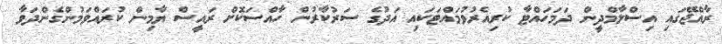
ރާއްޖޭގައި އިސްލާމްދީން ދަމަހައްޓާ ކުރިއެރުވުމައްޓަކައި އަދުގެ ސަރުކާރުން ހާއްސަކޮށް ރައީސް ޔާމިން ކުރައްވަމުންގެންދަވާ